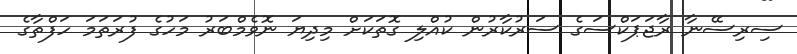
ސިރިސޭނާ ރާޖަޕަކްސަގެ ސަރުކާރުން ކުއްލި ގޮތަކަށް މިދިޔަ ނޮވެމްބަރު މަހުގެ ފުރަތަމަ ހަފްތާގެ